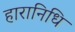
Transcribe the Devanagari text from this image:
हारानिधि